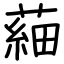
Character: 𦹀